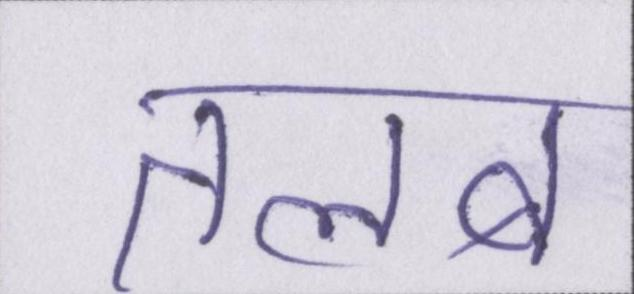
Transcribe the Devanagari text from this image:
तलब